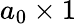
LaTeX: a_{0}\times 1